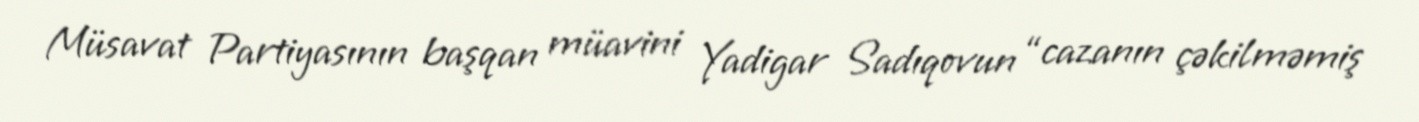
Müsavat Partiyasının başqan müavini Yadigar Sadıqovun “cazanın çəkilməmiş